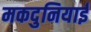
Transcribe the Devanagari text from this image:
मकदुनियाई